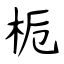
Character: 栀